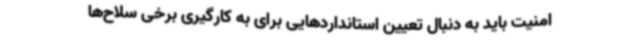
امنیت باید به دنبال تعیین استانداردهایی برای به کارگیری برخی سلاح‌ها